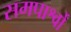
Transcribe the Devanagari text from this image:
समपार्श्वों